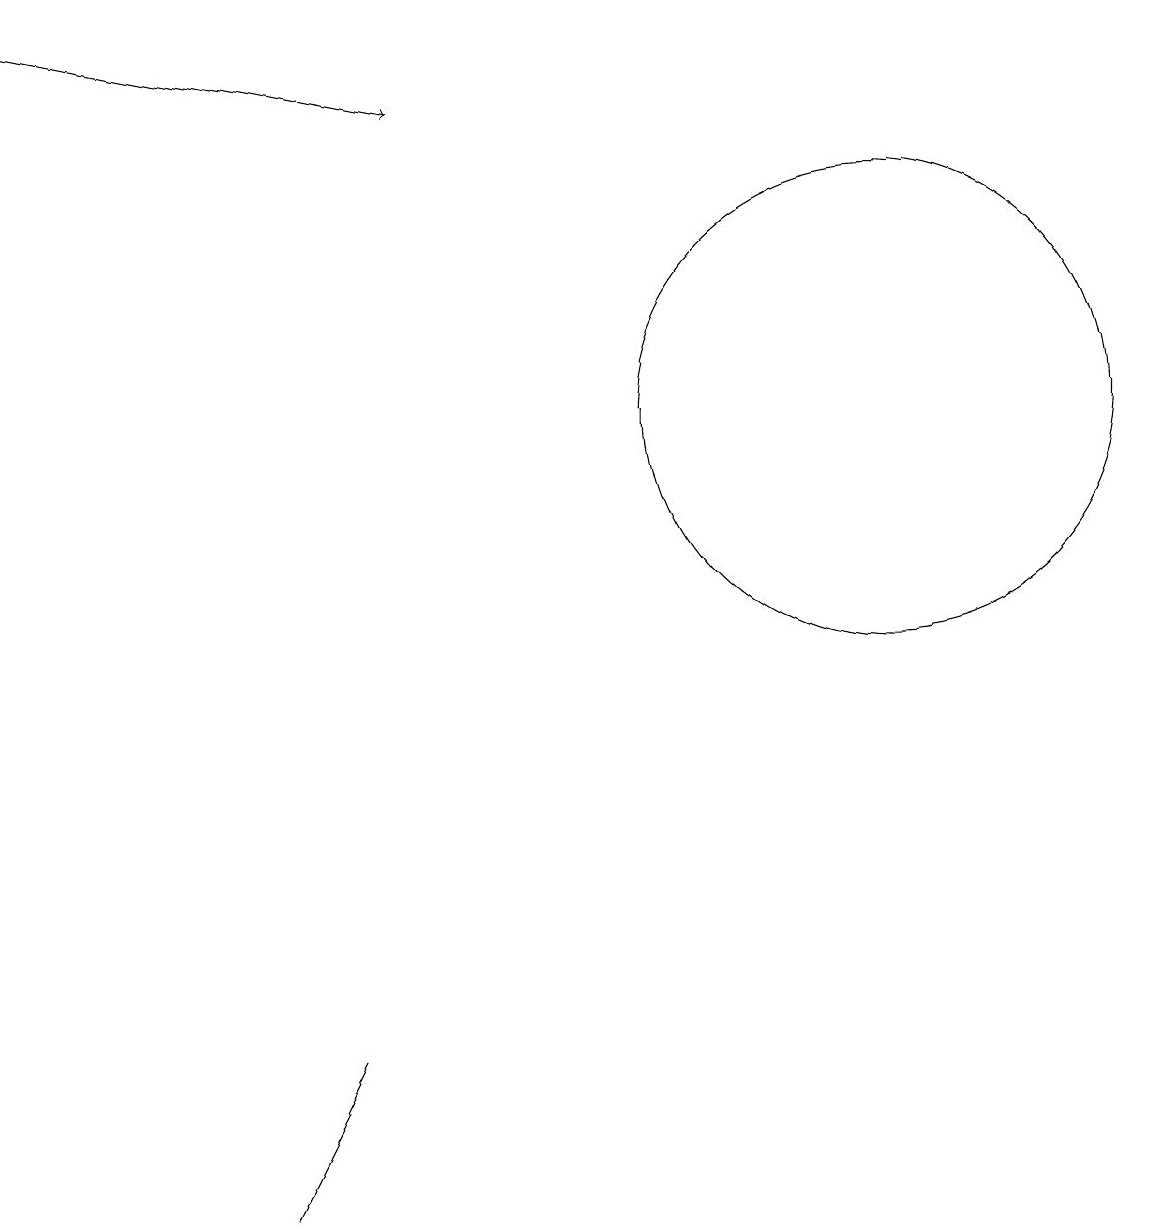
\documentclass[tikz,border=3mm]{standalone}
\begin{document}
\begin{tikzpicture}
\draw[->] (1,15) -- (6,14);
\draw (12,10) circle (3);
\draw (5,2) -- (4,0) -- (5,2) -- cycle;
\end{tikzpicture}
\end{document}